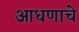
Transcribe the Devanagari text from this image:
आधणाचे